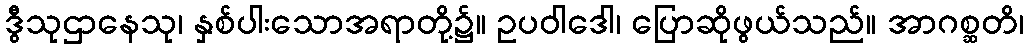
ဒွီသုဌာနေသု၊ နှစ်ပါးသောအရာတို့၌။ ဥပဝါဒေါ၊ ပြောဆိုဖွယ်သည်။ အာဂစ္ဆတိ၊